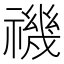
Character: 禨